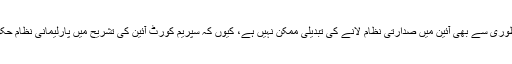
اب تو دو تہائی اکثریت سے کیا، 100 فیصد پارلیمنٹ کی منظوری سے بھی آئین میں صدارتی نظام لانے کی تبدیلی ممکن نہیں ہے، کیوں کہ سپریم کورٹ آئین کی تشریح میں پارلیمانی نظام حکومت کو آئین کے اساسی خدوخال کا حصہ قرار دے چکی ہے۔